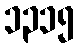
၁၃၁၅